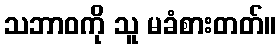
သဘာဝကို သူ မခံစားတတ်။